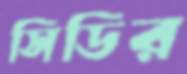
সিডির